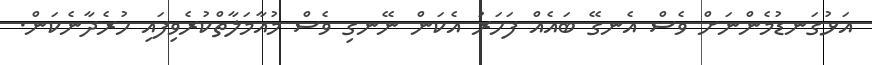
އަޅުގަނޑުމެންނަށް ވެސް އެނގޭ ބައެއް ފަހަރު އެކަން ނޭނގި ވެސް މުއާމަލާތްކުރެވިފައި ހުރެދާނެކަން.